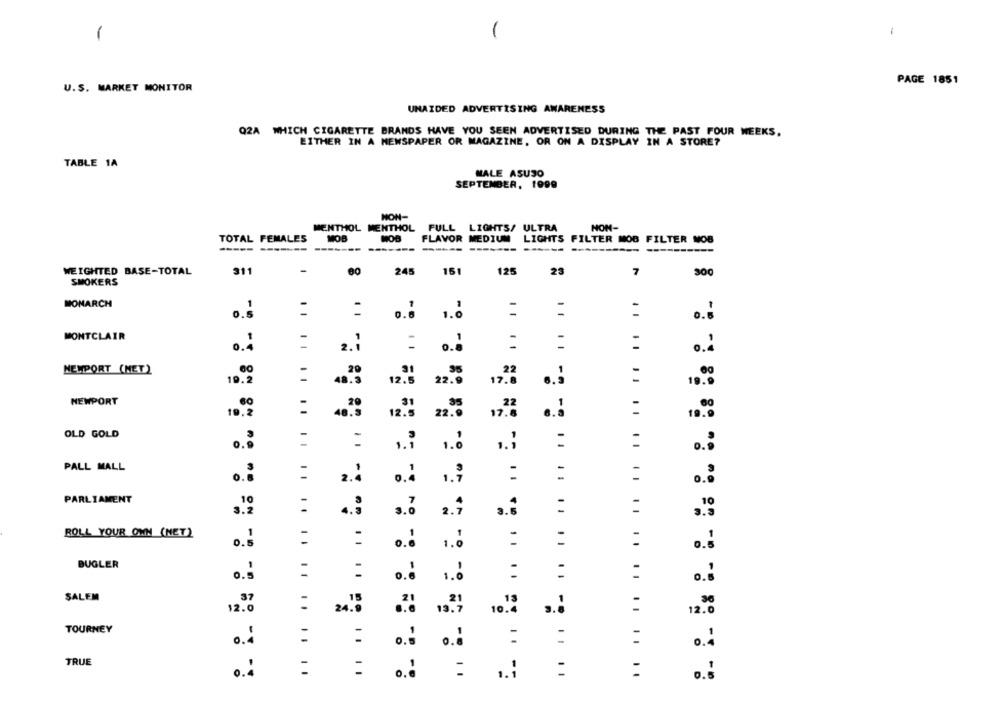
-
-
1
PAGE 1851
U.S. MARKET MONITOR
UNAIDED ADVERTISING AWARENESS
Q2A WHICH CIGARETTE BRANDS HAVE YOU SEEN ADVERTISED DURING THE PAST FOUR WEEKS.
EITHER IN A NEWSPAPER OR MAGAZINE, OR ON A DISPLAY IN A STORE?
TABLE 1A
MALE ASUSO
SEPTEMBER, 1999
NON-
MENTHOL MENTHOL FULL LIGHTS/ ULTRA
NON-
TOTAL FEMALES
MOB
MOB
FLAVOR MEDIUM
LIGHTS FILTER MOB FILTER MOB
------
------
WEIGHTED BASE-TOTAL
311
00
245
151
125
23
7
300
SMOKERS
MONARCH
0.5
...
1.0
:
:
MONTCLAIR
0.4
2.1
.. .. .. .. .. C. E. .. ₺ B
NEMPORT (NET)
20
.95
19.
22
..:
48.9
12.6
22.9
NEWPORT
19,2
12.
22.
17.
OLD GOLD
:
1.
PALL MALL
. .
1.
0.
PARLIAMENT
10
3.2
a .;
.. .. ..
ROLL YOUR OWN (NET)
:
..:
:
BUGLER
:
:
:
0.6
1.
SALEM
.37
12.0
1012
:
12.0
TOURNEY
:
0.
...
=
=
:
0.4
TRUE
:
:
:
.. .. .. .. .. .. .. .. .. .. .. ..